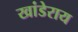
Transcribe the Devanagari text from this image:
खांडेराय